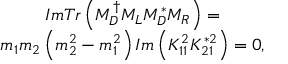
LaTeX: \begin{array} { c } { { I m T r \left( M _ { D } ^ { \dagger } M _ { L } M _ { D } ^ { * } M _ { R } \right) = } } \\ { { m _ { 1 } m _ { 2 } \left( m _ { 2 } ^ { 2 } - m _ { 1 } ^ { 2 } \right) I m \left( K _ { 1 1 } ^ { 2 } K _ { 2 1 } ^ { * 2 } \right) = 0 , } } \end{array}